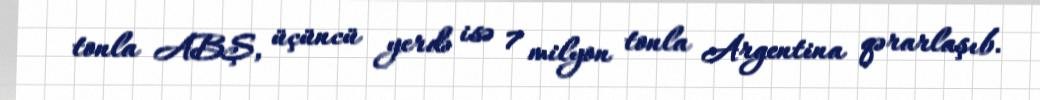
tonla ABŞ, üçüncü yerdə isə 7 milyon tonla Argentina qərarlaşıb.